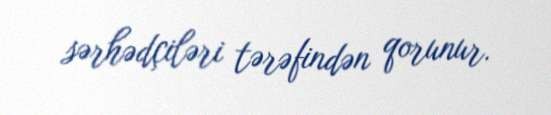
sərhədçiləri tərəfindən qorunur.